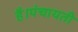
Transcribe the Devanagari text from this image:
है।पंचायती